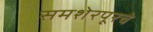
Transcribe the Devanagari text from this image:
समशेरपूरचे